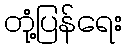
တုံ့ပြန်ရေး